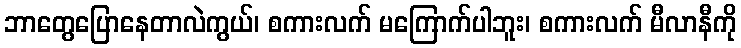
ဘာတွေပြောနေတာလဲကွယ်၊ စကားလက် မကြောက်ပါဘူး၊ စကားလက် မီလာနီကို